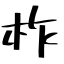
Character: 柞